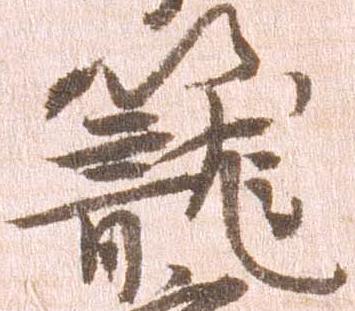
籠